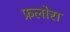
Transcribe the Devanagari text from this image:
फ्रलोरा